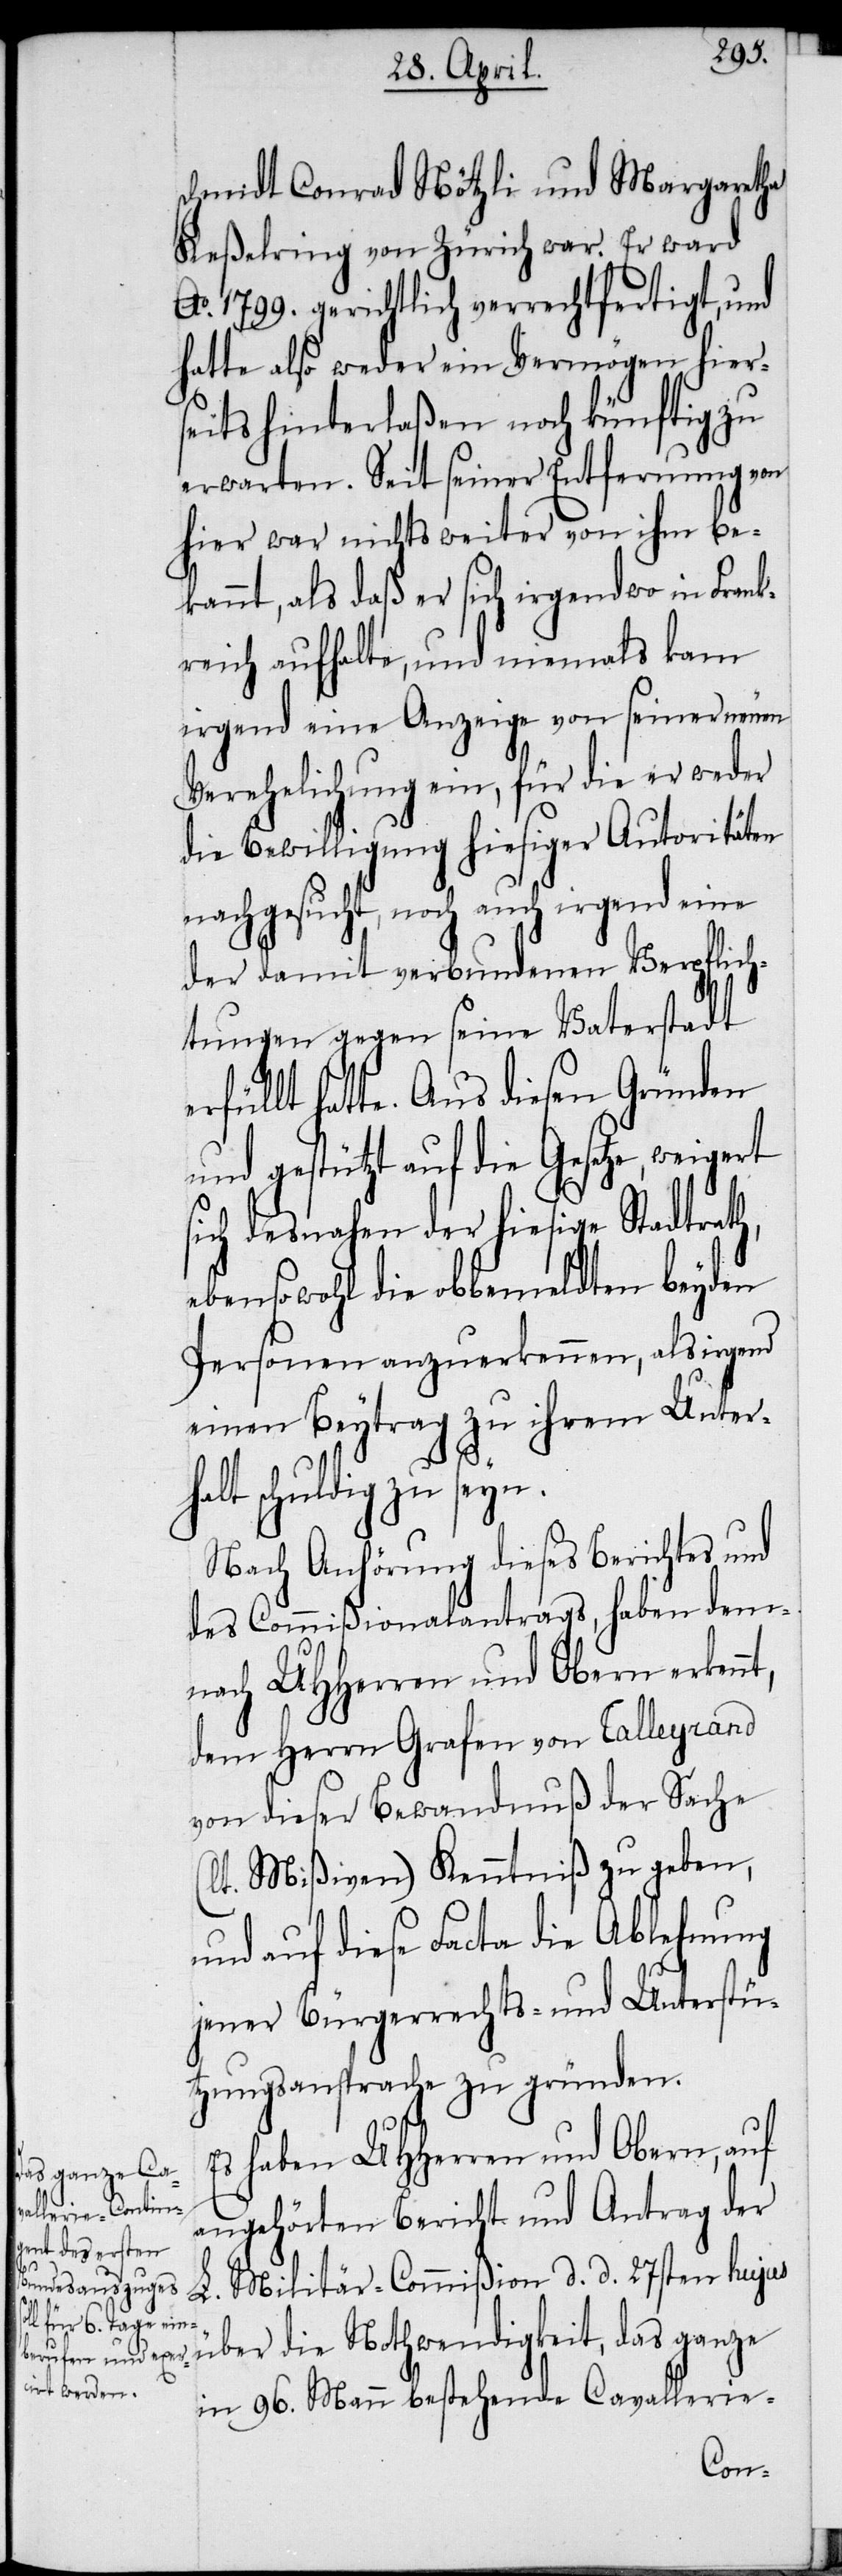
schmidt Conrad Nötzli und Margaretha
Keßelring von Zürich war. Er ward
Ao. 1799. gerichtlich verrechtfertigt, und
hatte also weder ein Vermögen hier¬
seits hinterlaßen noch künftig zu
erwarten. Seit seiner Entfernung von
hier war nichts weiter von ihm be¬
kannt, als daß er sich irgendwo in Fran¬
kreich aufhalte, und niemals kam
irgend eine Anzeige von seiner neuen
Verehelichung ein, für die er weder
die Bewilligung hiesiger Autoritäten
nachgesucht, noch auch irgend eine
der damit verbundenen Verpflich¬
tungen gegen seine Vaterstadt
erfüllt hatte. Aus diesen Gründen
und gestützt auf die Gesetze, weigert
sich desnahen der hiesige Stadtrat¬
ebensowohl die obbemeldten beyden
Personen anzuerkennen, als irgend
einen Beytrag zu ihrem Unterh¬
alt schuldig zu seyn.
Nach Anhörung dieses Berichtes und
des Commißionalantrags, haben dem¬
nach UHHerren und Obern erken¬
dem Herrn Grafen von Talleyrand
von dieser Bewandnuß der Sache
t. Mißiven) Kenntniß zu geben,
und auf diese Facta die Ablehnung
jener Bürgerrechts- und Unterstü¬
tzungsansprache zu gründen.
Es haben UHHerren und Obern, auf
angehörten Bericht und Antrag der
(l¬
L. Militär-Commißion d. d. 27sten hujus
über die Nothwendigkeit, das ganze
in 96. Mann bestehende Cavallerie-